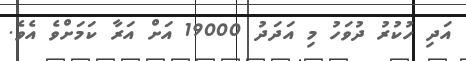
އަދި ހުކުރު ދުވަހު މި އަދަދު 19000 އަށް އަރާ ކަމަށްވެ އެވެ.